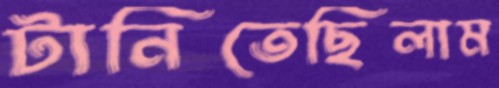
টানিতেছিলাম